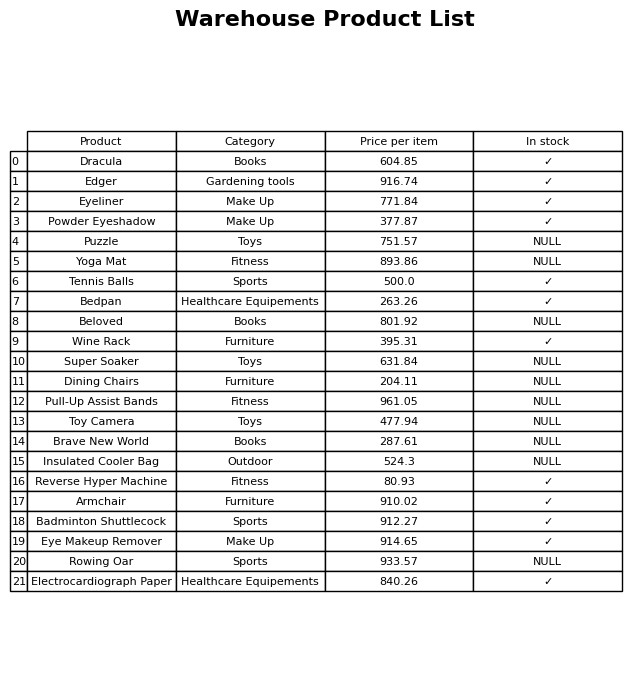
question: What is the price for Rowing Oar?
answer: The price of Rowing Oar is 933.57.